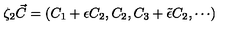
\zeta _ { 2 } \vec { C } = ( C _ { 1 } + \epsilon C _ { 2 } , C _ { 2 } , C _ { 3 } + \tilde { \epsilon } C _ { 2 } , \cdots )